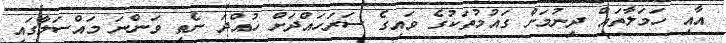
އާއި ހަމަލާތައް ދިނުމަށް ގައުމުތަކުގެ ވައިގެ ސަރަހައްދަށް ހުއްދަ ނެތި ވަންނަ މައްސަލާގައި